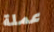
عملة